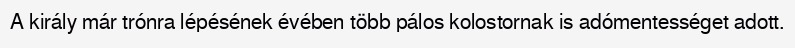
A király már trónra lépésének évében több pálos kolostornak is adómentességet adott.